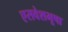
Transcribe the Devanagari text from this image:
एसवेशभूषा